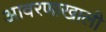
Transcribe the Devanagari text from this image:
आवरणाखाली